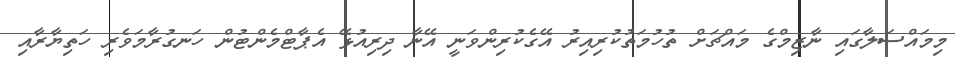
މިމައްސަލާގައި ނާޒިމްގެ މައްޗަށް ތުހުމަތުކުރިއިރު އޭގެކުރިންވަނީ އޭނާ ދިރިއުޅޭ އެޕާޓްމެންޓުން ހަނގުރާމަވެރި ހަތިޔާރާއި